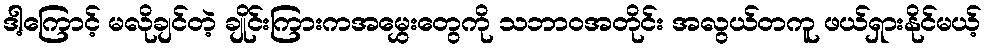
ဒါ့ကြောင့် မလိုချင်တဲ့ ချိုင်းကြားကအမွှေးတွေကို သဘာဝအတိုင်း အလွယ်တကူ ဖယ်ရှားနိုင်မယ့်